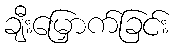
ချီးမြှောက်ခြင်း